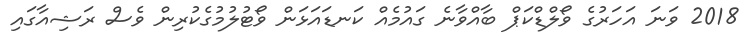
2018 ވަނަ އަހަރުގެ ވޯލްޑްކަޕް ބާއްވާނެ ގައުމެއް ކަނޑައަޅަން ވޯޓުލުމުގެކުރިން ވެސް ރަޝިއާގައި